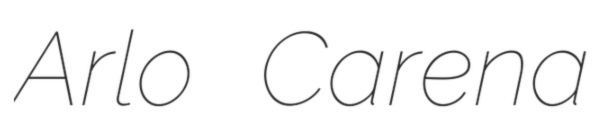
Arlo Carena